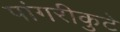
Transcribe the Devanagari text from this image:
पांगरीकुटे